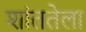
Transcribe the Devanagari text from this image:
शांततेला